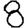
Digit: 8